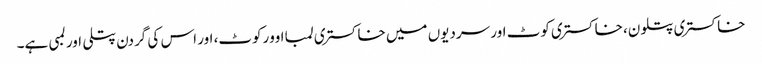
خاکستری پتلون، خاکستری کوٹ اور سردیوں میں خاکستری لمبا اوورکوٹ، اور اس کی گردن پتلی اور لمبی ہے۔